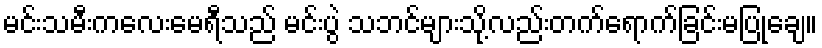
မင်းသမီးကလေးမေရီသည် မင်းပွဲ သဘင်များသို့လည်းတက်ရောက်ခြင်းမပြုချေ။